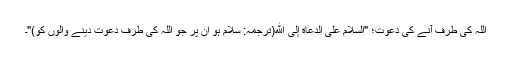
اللہ کی طرف آنے کی دعوت؛ "اَلسَّلَامُ عَلَی الدُّعَاةِ إِلَی اللهِ(ترجمہ: سلام ہو ان پر جو اللہ کی طرف دعوت دینے والوں کو)"۔